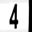
Digit: 4